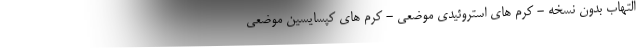
التهاب بدون نسخه - کرم های استروئیدی موضعی - کرم های کپسایسین موضعی